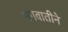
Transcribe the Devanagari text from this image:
भगवातीने